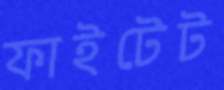
ফাইটেট